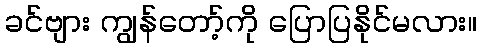
ခင်ဗျား ကျွန်တော့်ကို ပြောပြနိုင်မလား။